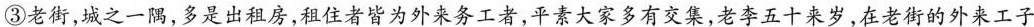
③老街，城之一隅，多是出租房，租住者皆为外来务工者，平素大家多有交集，老李五十来岁，在老街的外来工子